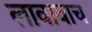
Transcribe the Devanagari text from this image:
लावावाच